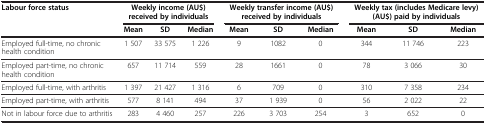
| <ROWSPAN=2> Labour force status | <COLSPAN=3> Weekly income (AU$) received by individuals | <COLSPAN=3> Weekly transfer income (AU$) received by individuals | <COLSPAN=3> Weekly tax (includes Medicare levy) (AU$) paid by individuals |
 | Mean | SD | Median | Mean | SD | Median | Mean | SD | Median |
 | --- | --- | --- | --- | --- | --- | --- | --- | --- | --- |
 | Employed full-time, no chronic health condition | 1 507 | 33 575 | 1 226 | 9 | 1082 | 0 | 344 | 11 746 | 223 |
 | Employed part-time, no chronic health condition | 657 | 11 714 | 559 | 28 | 1661 | 0 | 78 | 3 066 | 30 |
 | Employed full-time, with arthritis | 1 397 | 21 427 | 1 316 | 6 | 709 | 0 | 310 | 7 358 | 234 |
 | Employed part-time, with arthritis | 577 | 8 141 | 494 | 37 | 1 939 | 0 | 56 | 2 022 | 22 |
 | Not in labour force due to arthritis | 283 | 4 460 | 257 | 226 | 3 703 | 254 | 3 | 652 | 0 |